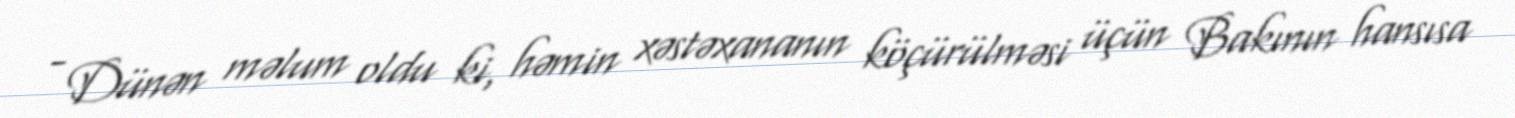
- Dünən məlum oldu ki, həmin xəstəxananın köçürülməsi üçün Bakının hansısa